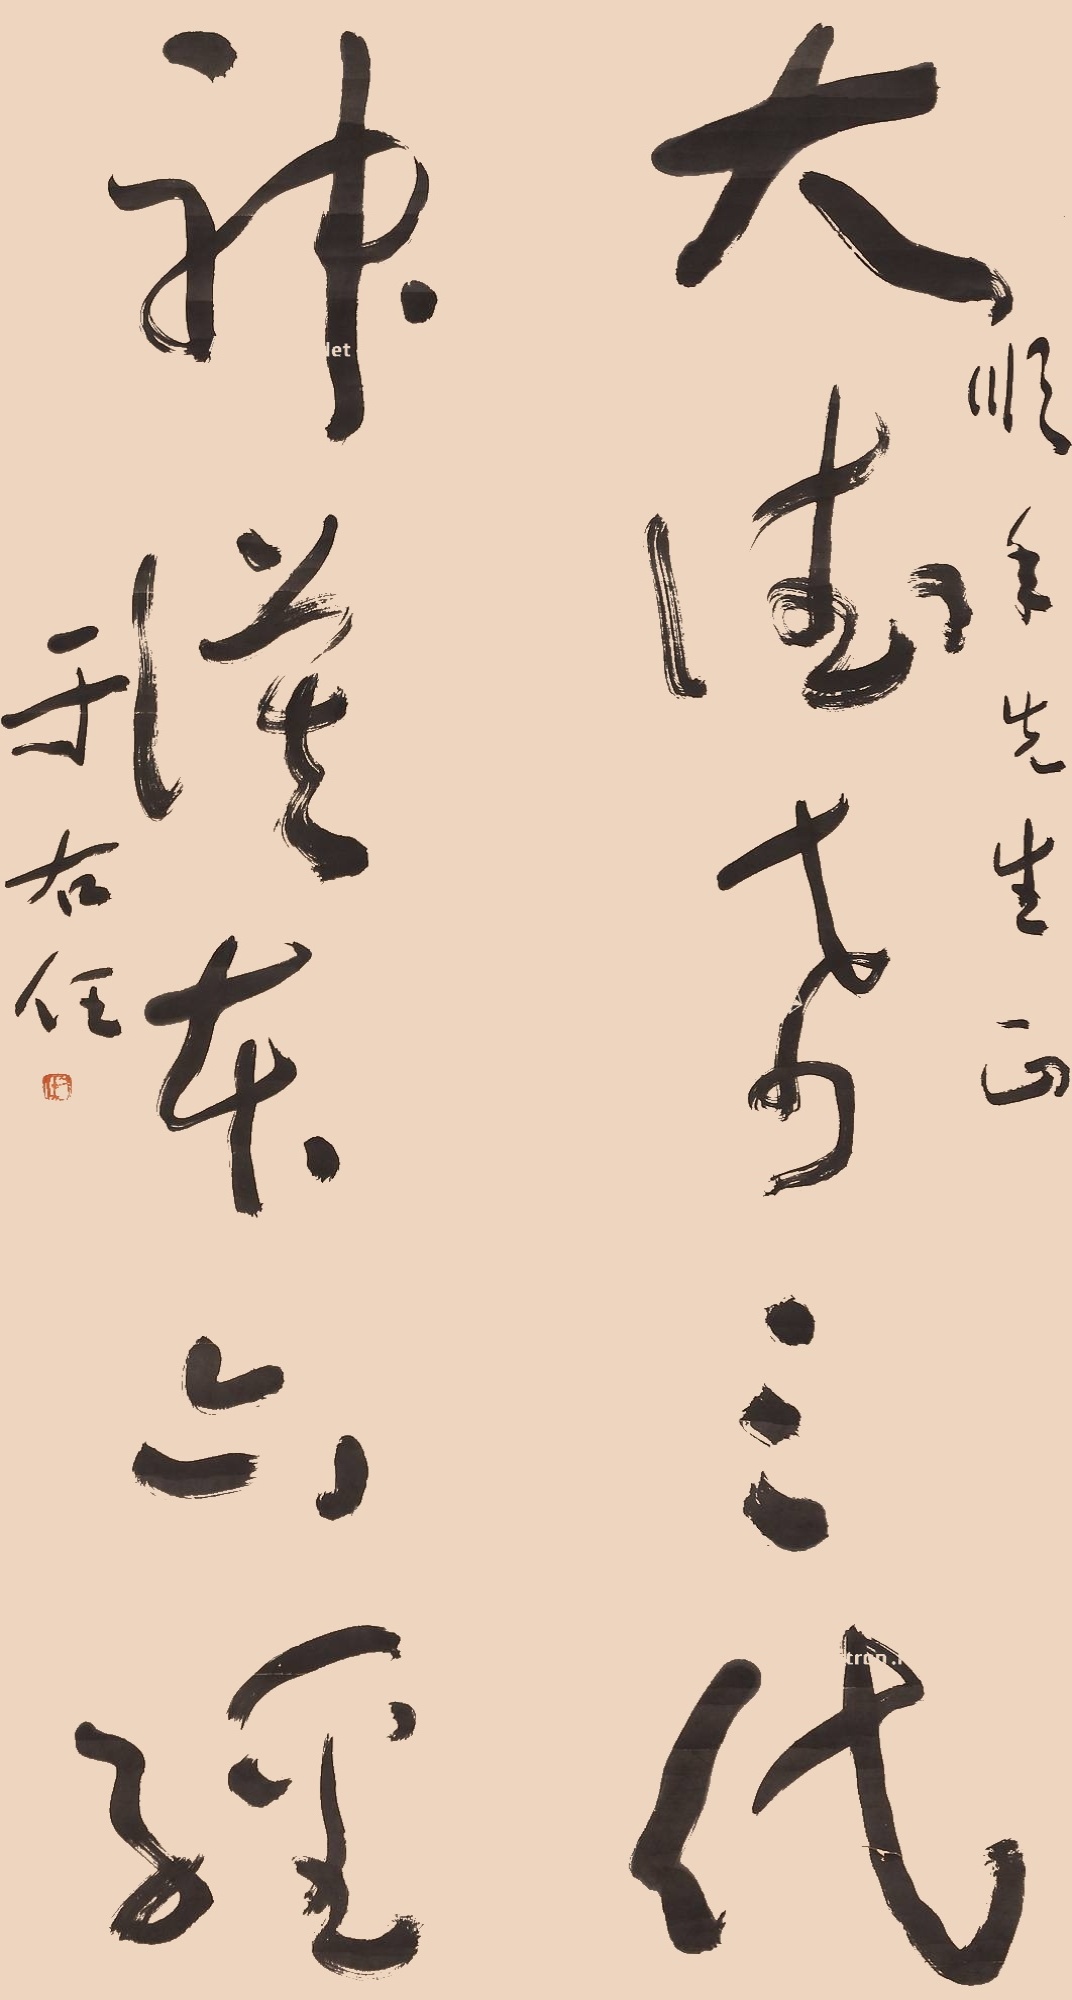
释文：大德希三代，神谟本六经。顺年先生正。于右任。